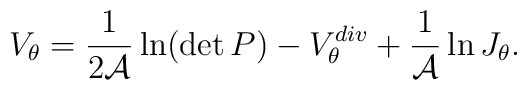
V_\theta = {1\over 2{\cal A}}\ln(\det P)- V_\theta^{div} +{1\over{\cal A}}\ln J_\theta .